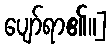
ပျော်ရာ၏။]